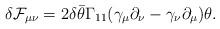
LaTeX: \begin{align*}\delta {\cal F}_{\mu\nu} = 2 \delta \bar\theta \Gamma_{11}(\gamma_\mu \partial_\nu -\gamma_\nu \partial_\mu)\theta. \end{align*}